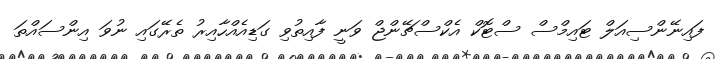
ފައިނޭންސިއަލް ޓައިމްސް ސްޓޮކް އެކްސްޗޭންޖް ވަނީ ފާއިތުވި ގަޑިއެއްހާއިރު ތެރޭގައި ނުވަ އިންސައްތަ